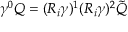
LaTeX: \gamma ^ { 0 } Q = ( R _ { i } \gamma ) ^ { 1 } ( R _ { i } \gamma ) ^ { 2 } \tilde { Q }